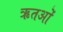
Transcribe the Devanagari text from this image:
ऋतओं